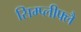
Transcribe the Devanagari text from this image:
सिम्प्लीफ्लै